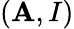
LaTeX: (\mathbf{A},I)